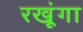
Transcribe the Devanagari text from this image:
रखूंगा